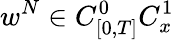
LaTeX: w^{N}\in C_{[0,T]}^{0}C_{x}^{1}